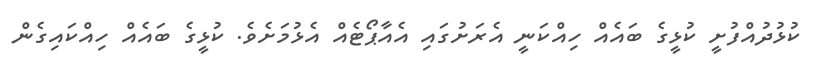
ކުޅުދުއްފުށީ ކުޅީގެ ބައެއް ހިއްކަނީ އެރަށުގައި އެއާޕޯޓެއް އެޅުމަށެވެ. ކުޅީގެ ބައެއް ހިއްކައިގެން